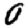
Digit: 0